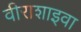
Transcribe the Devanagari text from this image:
वीराशाइवा